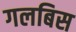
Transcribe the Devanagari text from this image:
गलबिस